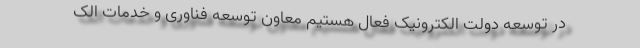
در توسعه دولت الکترونیک فعال هستیم معاون توسعه فناوری و خدمات الک